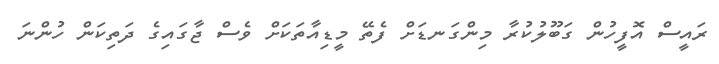
ރައީސް އޮފީހުން ގަބޫލުކުރާ މިންގަނޑަށް ފެތޭ މީޑިއާތަކަށް ވެސް ޖާގައިގެ ދަތިކަން ހުންނަ